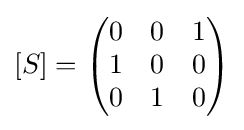
[S]={\begin{pmatrix}0&0&1\\1&0&0\\0&1&0\end{pmatrix}}